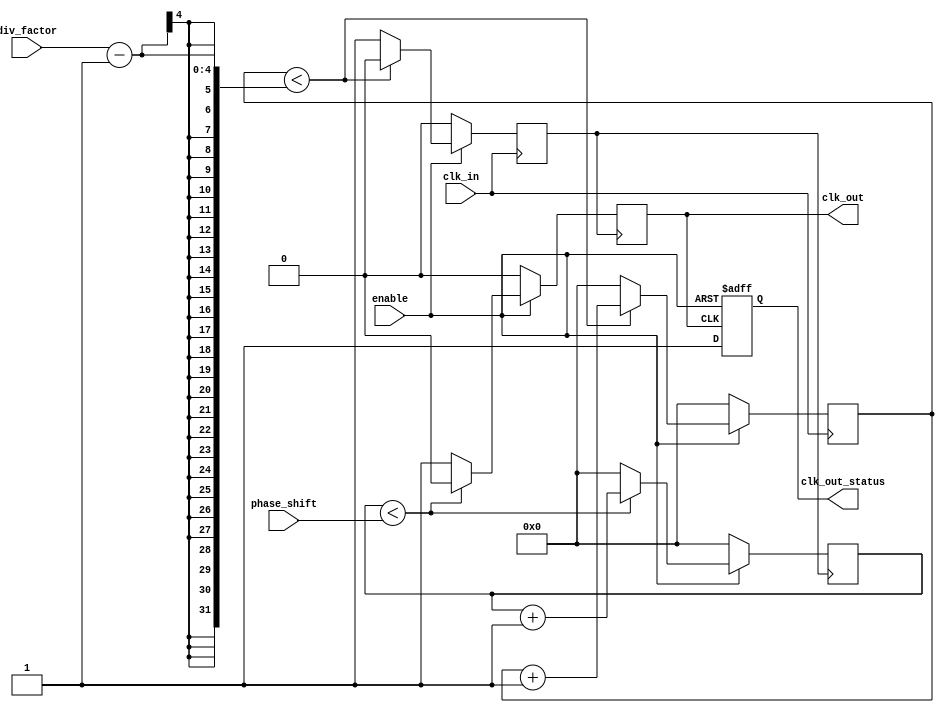
module ProgrammableClockBuffer (
    input wire clk_in,                  // Input clock signal
    input wire [3:0] div_factor,       // Programmable division factor (1 to 16)
    input wire [3:0] phase_shift,       // Programmable phase shift in clock cycles
    input wire enable,                  // Enable signal for output
    output reg clk_out,                 // Buffered output clock signal
    output reg clk_out_status           // Status indicator for output clock
);

    reg [3:0] counter;                  // Counter for division
    reg [3:0] phase_counter;            // Counter for phase shifting
    reg clk_div;                        // Divided clock signal

    // Clock division logic
    always @(posedge clk_in) begin
        if (enable) begin
            if (counter < (div_factor - 1)) begin
                counter <= counter + 1;
                clk_div <= 0; // Hold low during counting
            end else begin
                counter <= 0; // Reset counter
                clk_div <= 1; // Output divided clock high
            end
        end else begin
            counter <= 0; // Reset counter if not enabled
            clk_div <= 0; // Hold low if not enabled
        end
    end

    // Phase shifting logic
    always @(posedge clk_div) begin
        if (enable) begin
            if (phase_counter < phase_shift) begin
                phase_counter <= phase_counter + 1;
                clk_out <= 0; // Hold low during phase shift
            end else begin
                phase_counter <= 0; // Reset phase counter
                clk_out <= 1; // Output clock high
            end
        end else begin
            phase_counter <= 0; // Reset phase counter if not enabled
            clk_out <= 0; // Hold low if not enabled
        end
    end

    // Output clock status
    always @(posedge clk_out or negedge enable) begin
        if (!enable) begin
            clk_out_status <= 0; // Output disabled
        end else begin
            clk_out_status <= 1; // Output enabled
        end
    end

endmodule